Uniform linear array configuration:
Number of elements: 12
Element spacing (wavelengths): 0.25
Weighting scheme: kaiser
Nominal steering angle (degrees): -15
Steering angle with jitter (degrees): -16.145
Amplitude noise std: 0.05
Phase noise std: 0.05

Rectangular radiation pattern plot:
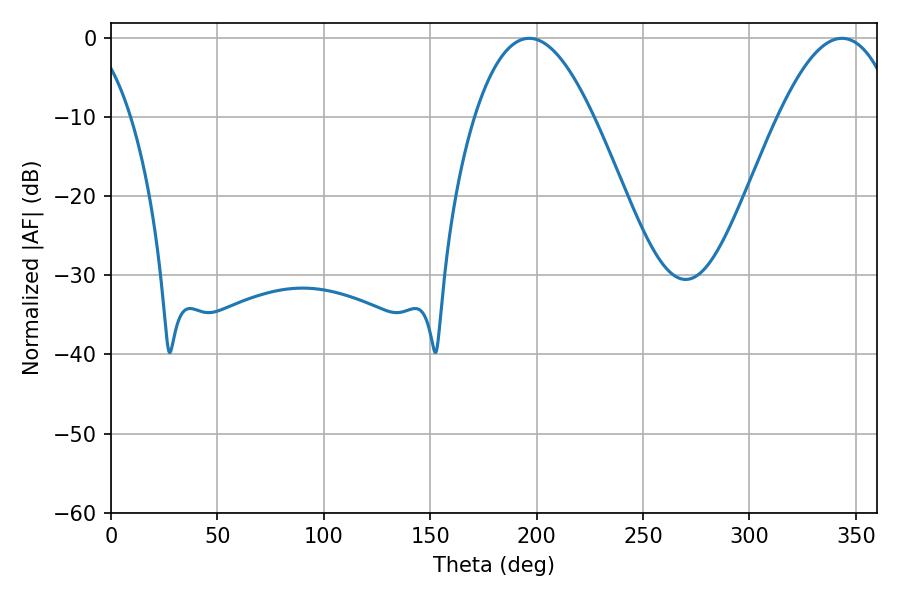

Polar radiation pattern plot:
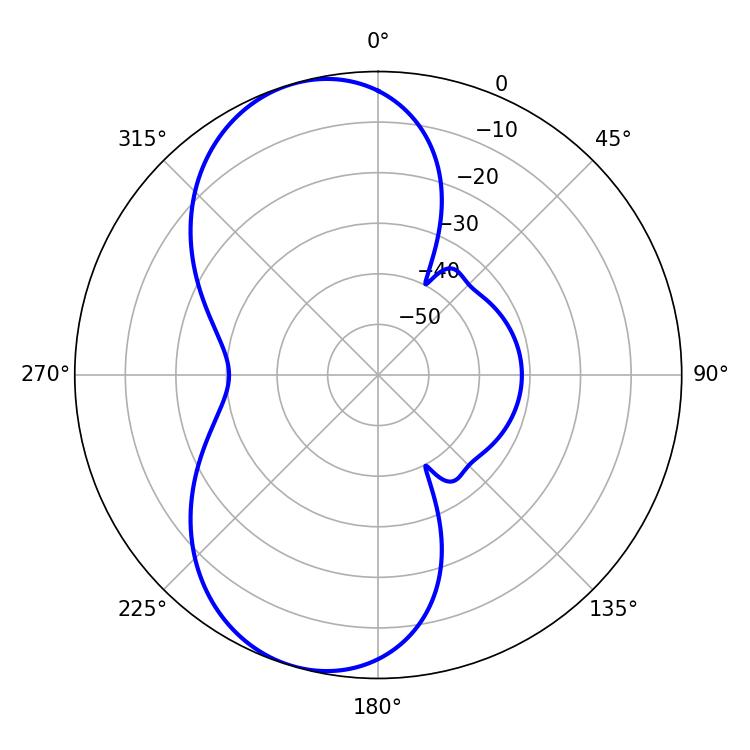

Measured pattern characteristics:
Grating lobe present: FALSE
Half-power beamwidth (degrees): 30.6
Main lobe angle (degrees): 196.56